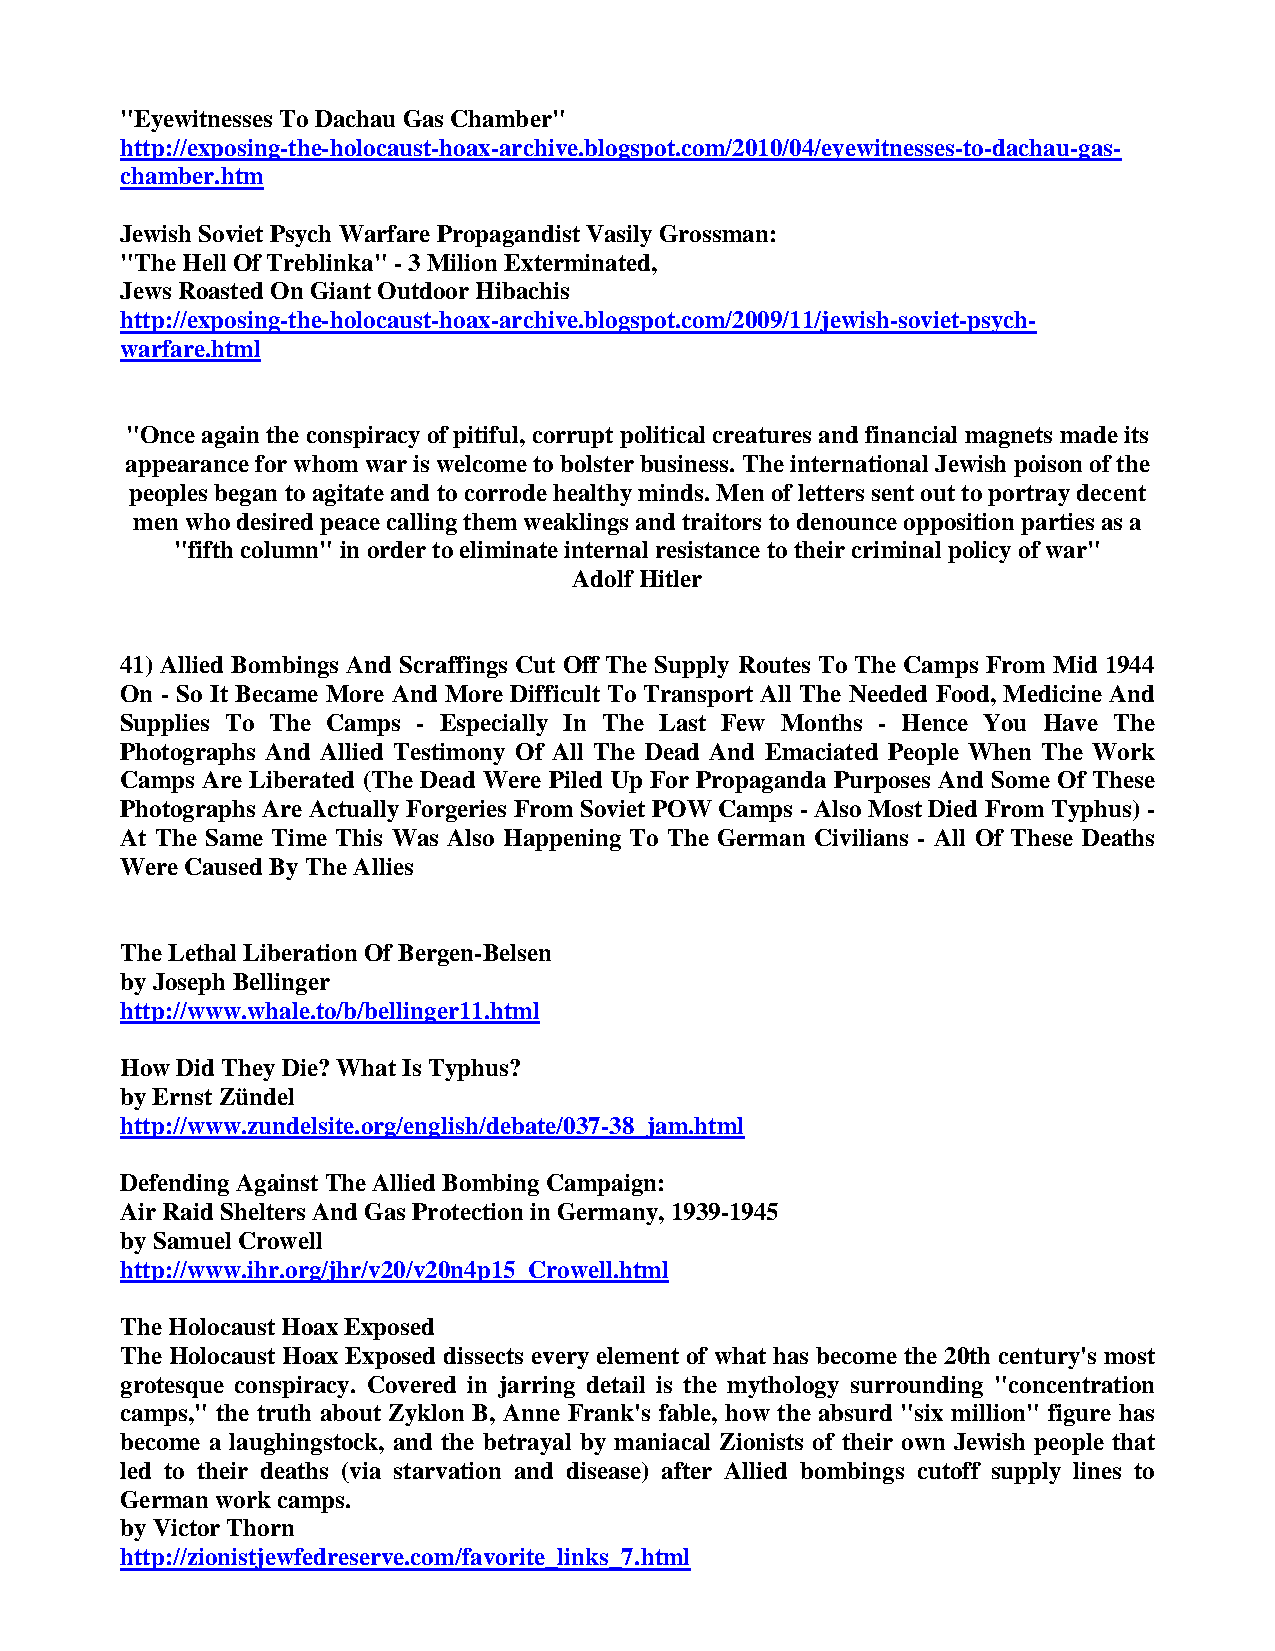
"Eyewitnesses To Dachau Gas Chamber"
 http://exposing-the-holocaust-hoax-archive.blogspot.com/2010/04/eyewitnesses-to-dachau-gas-
 chamber.htm
 Jewish Soviet Psych Warfare Propagandist Vasily Grossman:
 "The Hell Of Treblinka" - 3 Milion Exterminated,
 Jews Roasted On Giant Outdoor Hibachis
 http://exposing-the-holocaust-hoax-archive.blogspot.com/2009/11/jewish-soviet-psych-
 warfare.html
 "Once again the conspiracy of pitiful, corrupt political creatures and financial magnets made its
 appearance for whom war is welcome to bolster business. The international Jewish poison of the
 peoples began to agitate and to corrode healthy minds. Men of letters sent out to portray decent
 men who desired peace calling them weaklings and traitors to denounce opposition parties as a
 "fifth column" in order to eliminate internal resistance to their criminal policy of war"
 Adolf Hitler
 41) Allied Bombings And Scraffings Cut Off The Supply Routes To The Camps From Mid 1944
 On - So It Became More And More Difficult To Transport All The Needed Food, Medicine And
 Supplies To The Camps - Especially In The Last Few Months - Hence You Have The
 Photographs And Allied Testimony Of All The Dead And Emaciated People When The Work
 Camps Are Liberated (The Dead Were Piled Up For Propaganda Purposes And Some Of These
 Photographs Are Actually Forgeries From Soviet POW Camps - Also Most Died From Typhus) -
 At The Same Time This Was Also Happening To The German Civilians - All Of These Deaths
 Were Caused By The Allies
 The Lethal Liberation Of Bergen-Belsen
 by Joseph Bellinger
 http://www.whale.to/b/bellinger11.html
 How Did They Die? What Is Typhus?
 by Ernst Zündel
 http://www.zundelsite.org/english/debate/037-38_jam.html
 Defending Against The Allied Bombing Campaign:
 Air Raid Shelters And Gas Protection in Germany, 1939-1945
 by Samuel Crowell
 http://www.ihr.org/jhr/v20/v20n4p15_Crowell.html
 The Holocaust Hoax Exposed
 The Holocaust Hoax Exposed dissects every element of what has become the 20th century's most
 grotesque conspiracy. Covered in jarring detail is the mythology surrounding "concentration
 camps," the truth about Zyklon B, Anne Frank's fable, how the absurd "six million" figure has
 become a laughingstock, and the betrayal by maniacal Zionists of their own Jewish people that
 led to their deaths (via starvation and disease) after Allied bombings cutoff supply lines to
 German work camps.
 by Victor Thorn
 http://zionistjewfedreserve.com/favorite_links_7.html